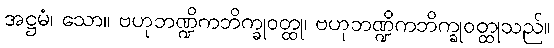
အဋ္ဌမံ၊ သော။ ဗဟုဘဏ္ဍိကဘိက္ခုဝတ္ထု၊ ဗဟုဘဏ္ဍိကဘိက္ခုဝတ္ထုသည်။